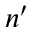
n ^ { \prime }